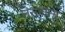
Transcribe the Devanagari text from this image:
तत्जाना